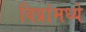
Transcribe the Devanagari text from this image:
विप्रांमध्ये